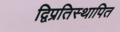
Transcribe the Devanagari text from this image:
द्विप्रतिस्थापित